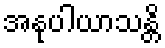
အနုပါယာသန္တိ